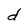
Character: d